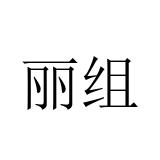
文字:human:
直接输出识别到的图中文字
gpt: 丽组